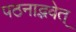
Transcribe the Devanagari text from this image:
पठनाद्भवेत्